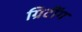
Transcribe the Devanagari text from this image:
ग्रिटींग